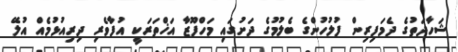
ޝަހާދަތުގެ ދެމަފިރިން ފުލުހުންގެ ބެލުމުގެ ދަށުގައި މަހްފޫޒާ އަޚްތަރަކީ އުފާވެރި ދިރިއުޅުމެއް އުލޭ